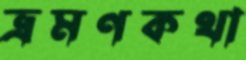
ভ্রমণকথা